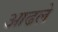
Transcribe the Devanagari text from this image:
आढले